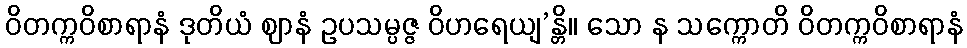
ဝိတက္ကဝိစာရာနံ ဒုတိယံ ဈာနံ ဥပသမ္ပဇ္ဇ ဝိဟရေယျ’န္တိ။ သော န သက္ကောတိ ဝိတက္ကဝိစာရာနံ